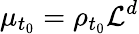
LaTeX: \mu_{t_{0}}=\rho_{t_{0}}\mathcal{L}^{d}